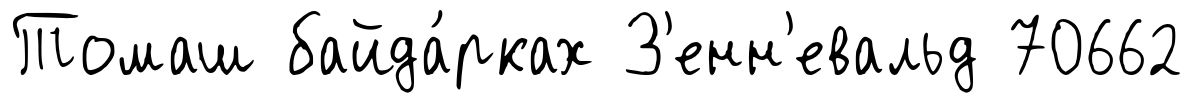
Томаш байда́рках З'енн'евальд 70662